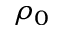
\rho _ { 0 }